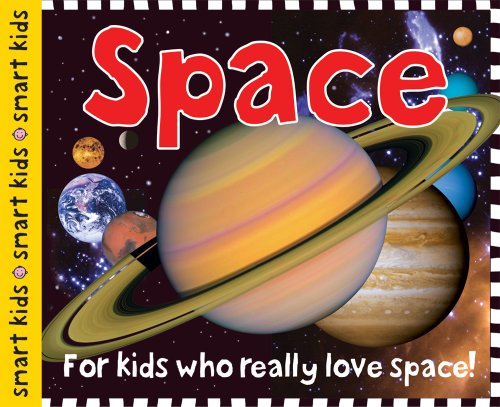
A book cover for Smart Kids Space; Roger Priddy; Children's Books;